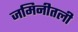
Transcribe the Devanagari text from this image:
जमिनीतली